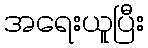
အရေးယူပြီး